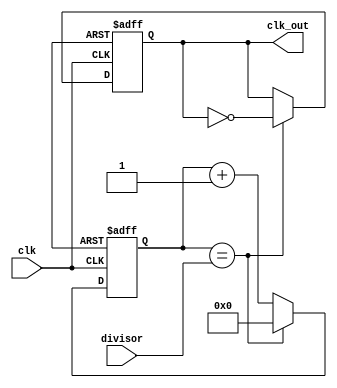
module clock_divider (
    input wire clk,
    input wire [7:0] divisor,
    output reg clk_out
);

reg [7:0] count;

always @ (posedge clk or posedge rst) begin
    if (rst) begin
        count <= 8'b0;
        clk_out <= 1'b0;
    end else begin
        count <= count + 1;
        if (count == divisor) begin
            count <= 8'b0;
            clk_out <= ~clk_out;
        end
    end
end

endmodule